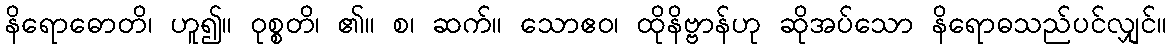
နိရောဓောတိ၊ ဟူ၍။ ဝုစ္စတိ၊ ၏။ စ၊ ဆက်။ သောဧဝ၊ ထိုနိဗ္ဗာန်ဟု ဆိုအပ်သော နိရောဓသည်ပင်လျှင်။